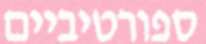
ספורטיביים